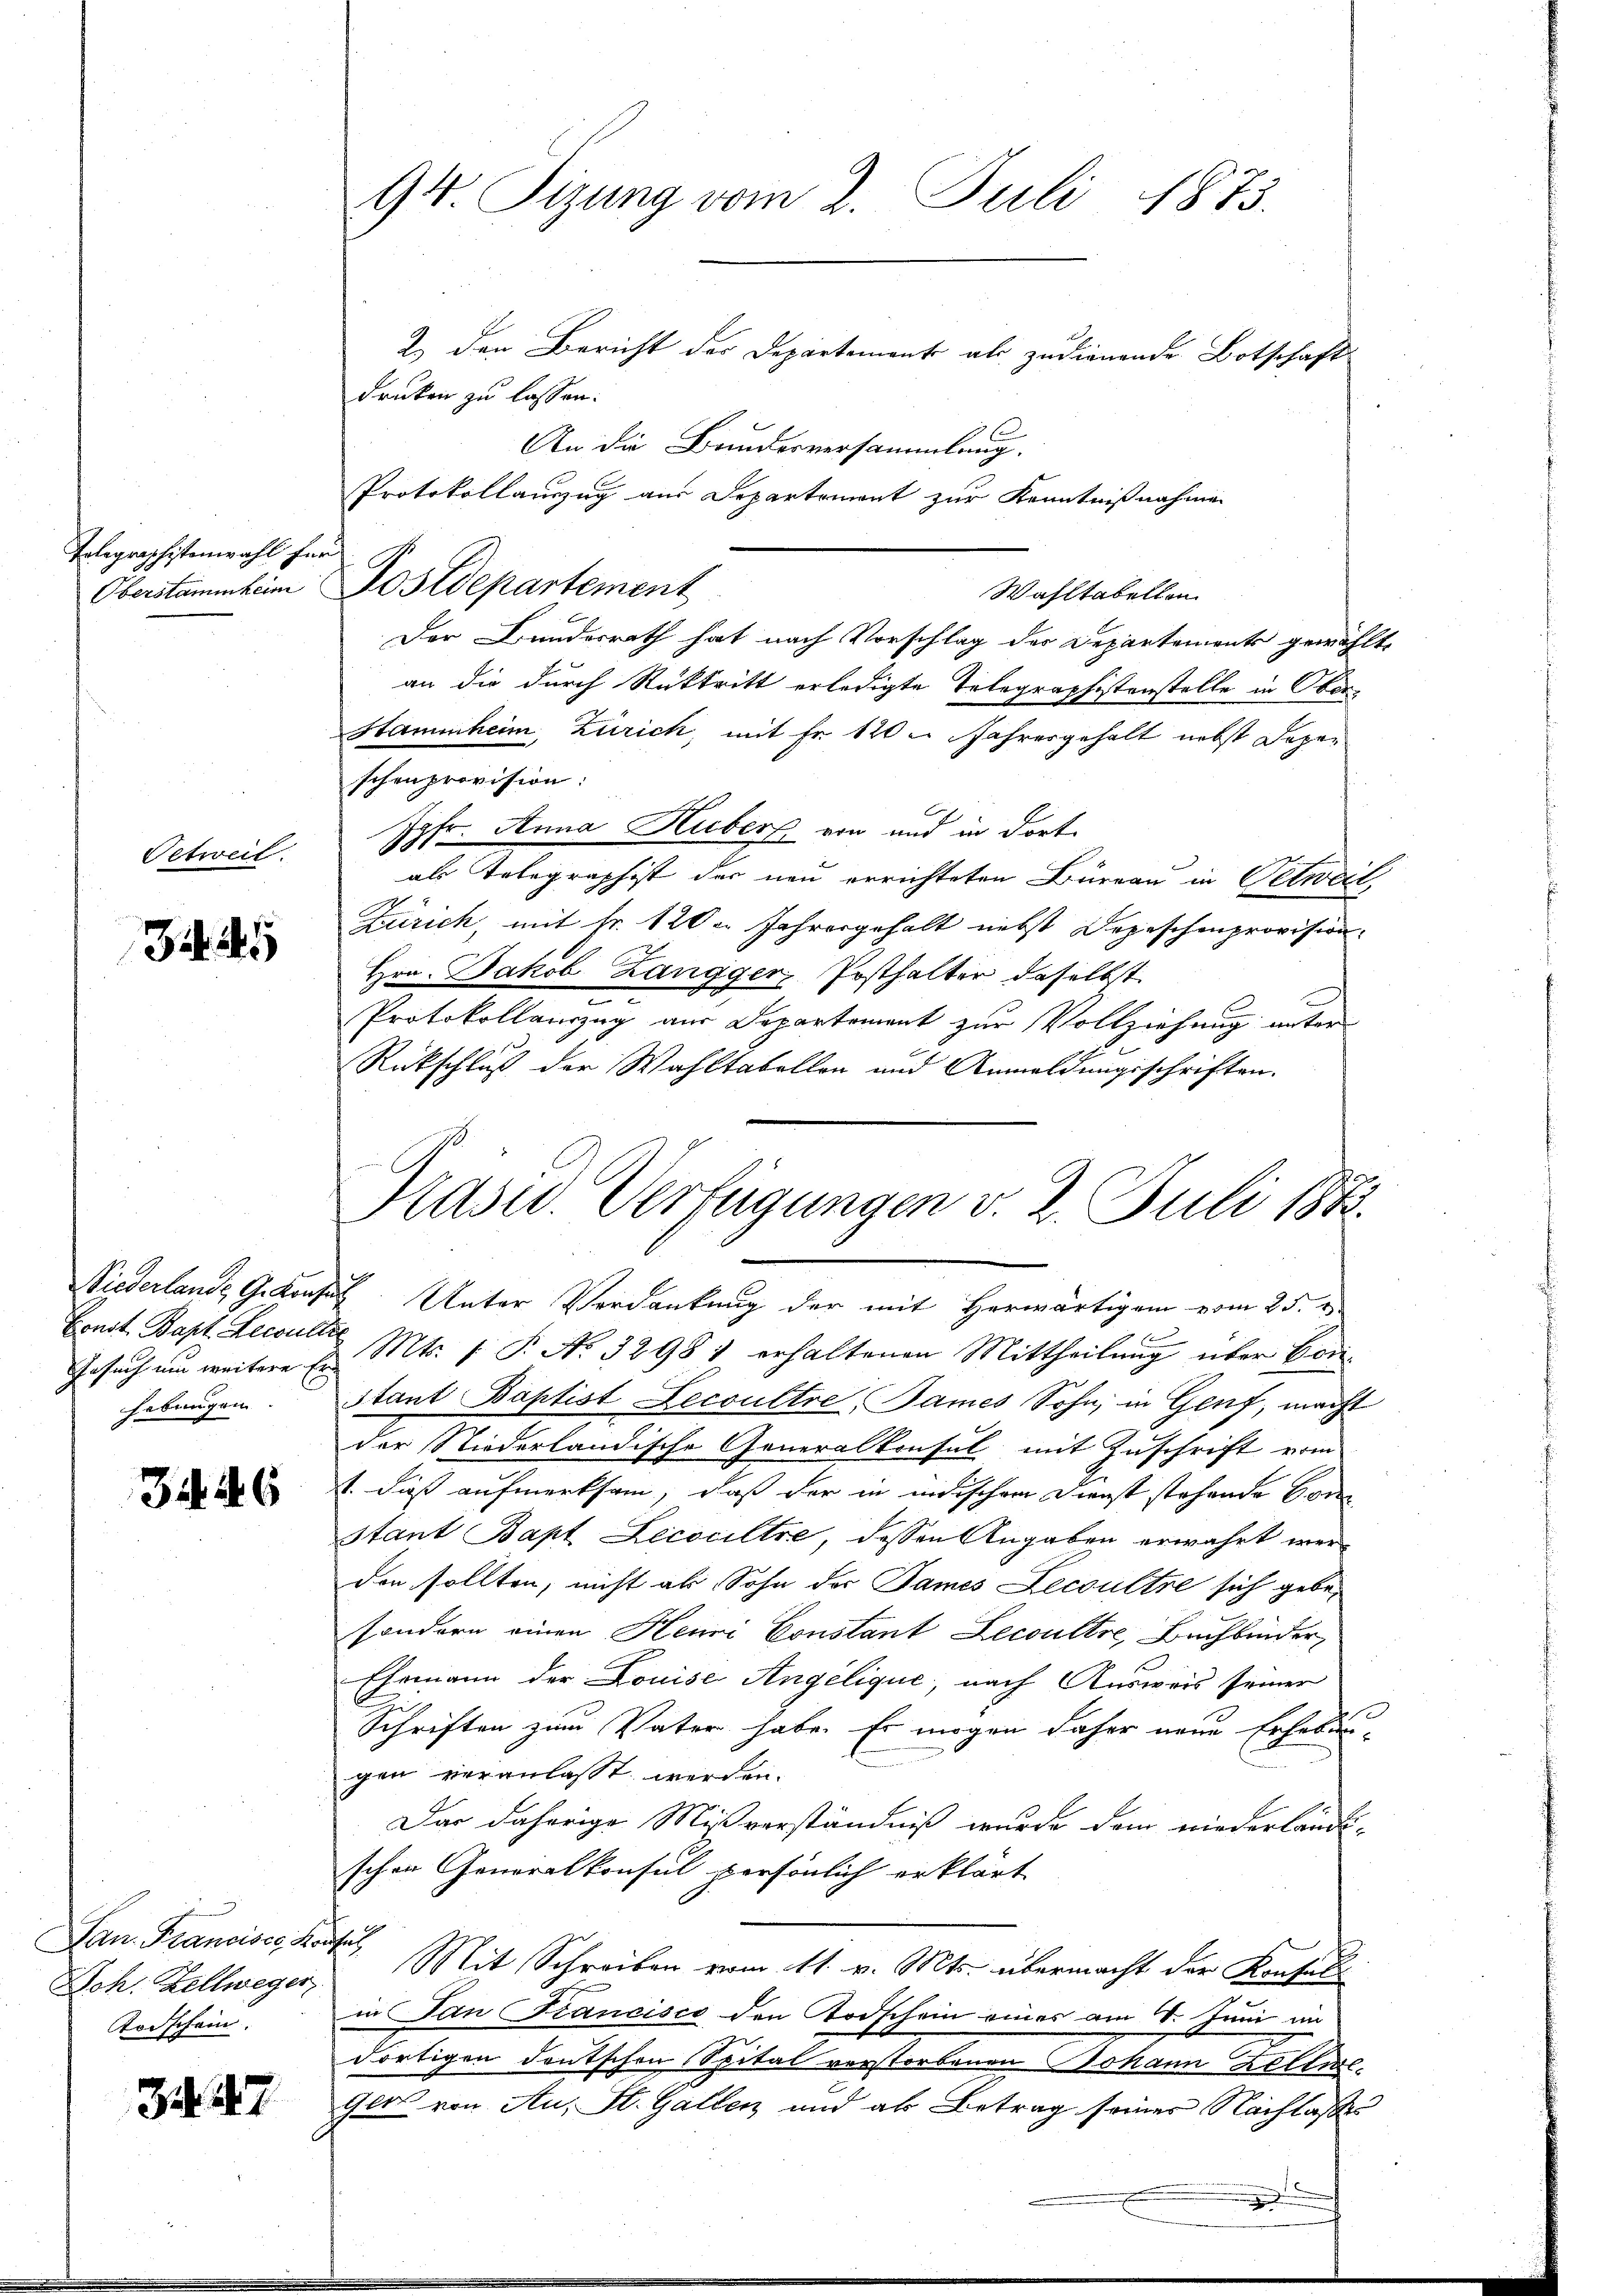
Telegraphistenwahl f

Oetweil.

Const. Bapt. Resulter
hebungen.

34. 46

San Francisce Kadet,
Joh. Zellweger
Todschein.

3. 447

94. Sizung vom 2. Juli 1873.

Protokollanzug aus Departement zur Kenntnißnahmen
er
Oberstammheim Postdepartement

2) den Bericht des Departement als zudienende Botschaft
druken zu lassen.
An die Bundesversammlung.
Wahltabellen
Der Bundesrath hat nach Vorschlag des Departements gewählt,
an die durch Rücktritt erledigte Telegraphistenstelle in Ober¬
Stammheim, Zürich, mit Fr. 120 u. Jahresgehalt nebst Dozen
schenprovision:
Jgfr. Anna Huber von und in dort
als Telegraphist der neu errichteten Büreau in Oetweil,
Zürich, mit Nr. 120. Jahresgehalt nebst Depeschenprovision.
Hrn. Jakob Zangger, Posthalter daselbst
Protokollanzug aus Departement zur Vollziehung unter
Rückschluß der Wahltabellen und Anmeldungsschriften.

Präsid. Verfügungen v. 2. Juli 1883.
Niederlande Gekonses Unter Verdankung der mit Herwärtigem vom 25. v.

Gesuch um weitere Er Mts. f. P. No. 3298 1 erhaltenen Mittheilung über Bonstant Baptist Decoultre, Bames Sohn, in Genf, macht
der Niederländische Generalkonsul mit Zuschrift vom
1. daß aufmerksam, daß der in indischen Dienst stehende Constant Bapt Lecoultre, dessen Angaben erwahrt werden sollten, nicht als Sohn der James Lecoultre sich gebesondern einen Henri Constant Lecoultre, Buchbinder,
Ehemann der Louise Angelique, nach Ausweis seiner
Schriften zum Vater habe. Er mögen daher neue Erhebungen veranlasst werden.
Das daherige Mißverständniß wurde dem niederländi-
schen Generalkonsul persönlich erklärt
Mit Schreiben vom 11. v. Mts. übermacht der Konsuls
in San Francisco den Todschein eines am 4. Juni im
dortigen deutschen Spital vorstorbenen Johann Keller.
gers von Au, St. Gallen und ab Betrag seiner Nachlaßen

.